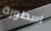
اسطورة